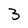
Character: 3